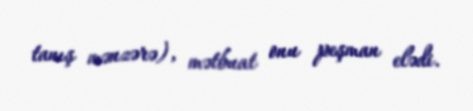
tanış mənzərə), mətbuat onu peşman elədi.